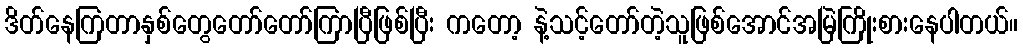
ဒိတ်နေကြတာနှစ်တွေတော်တော်ကြာပြီဖြစ်ပြီး ကတော့ နဲ့သင့်တော်တဲ့သူဖြစ်အောင်အမြဲကြိုးစားနေပါတယ်။